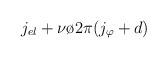
LaTeX: \begin{align*}j_{el} + {{\nu \o {2\pi }}}(j_{\varphi} + d)\end{align*}